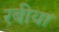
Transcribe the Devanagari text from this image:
रबीया